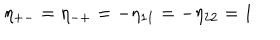
\eta _ { + - } = \eta _ { - + } = - \eta _ { 1 1 } = - \eta _ { 2 2 } = 1